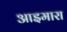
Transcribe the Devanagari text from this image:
आइमारा